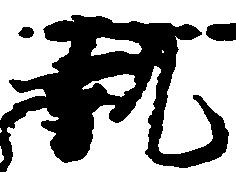
執